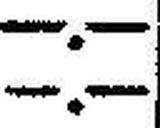
—.—